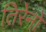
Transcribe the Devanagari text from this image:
तिरेनो